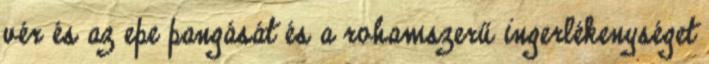
vér és az epe pangását és a rohamszerű ingerlékenységet